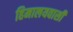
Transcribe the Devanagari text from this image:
हिमालयवासी